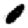
Digit: 0